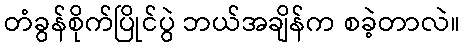
တံခွန်စိုက်ပြိုင်ပွဲ ဘယ်အချိန်က စခဲ့တာလဲ။